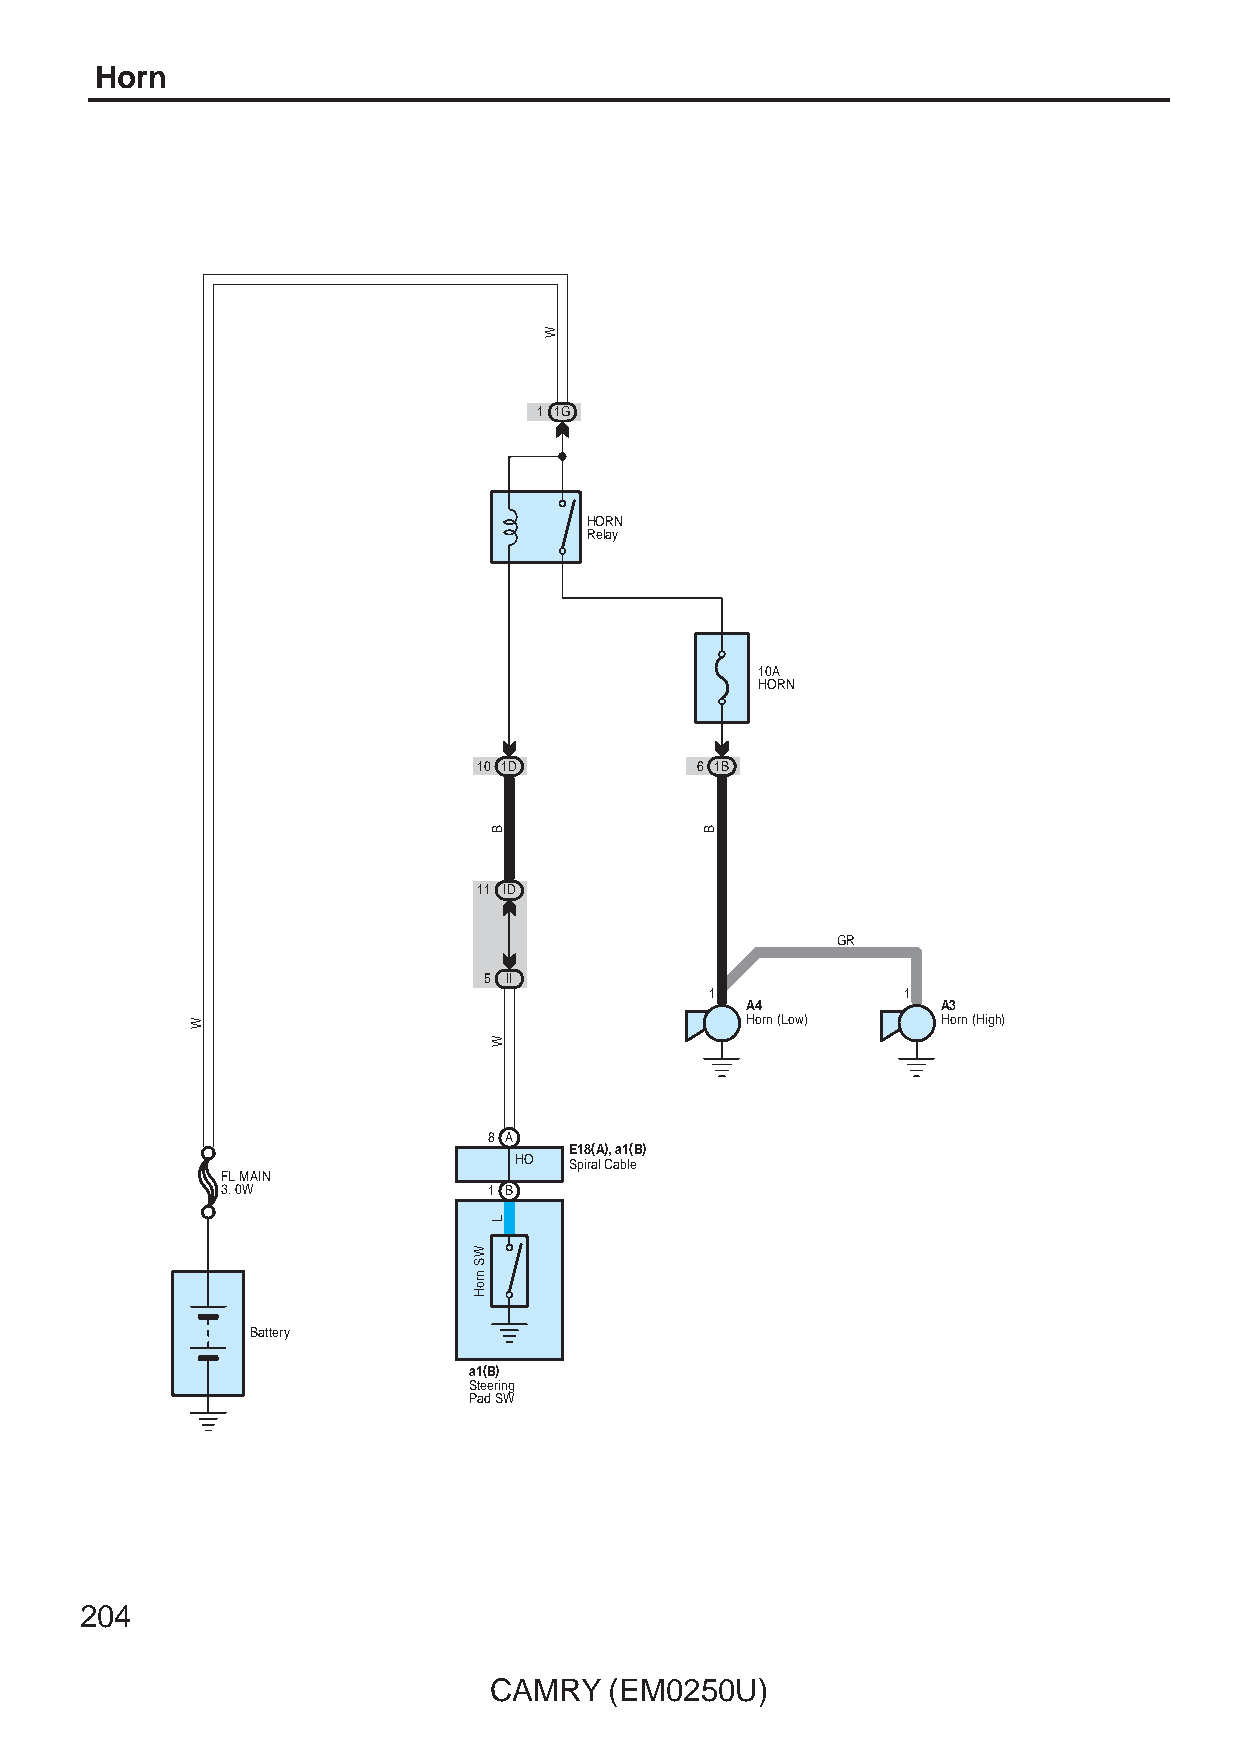
Horn
 1 1G
 HORN
 Relay
 10A
 HORN
 10 1D         6 1B
 11 ID
 GR
 5 II
 1            1
 A4           A3
 Horn (Low)   Horn (High)
 8 A
 E18(A), a1(B)
 HO  Spiral Cable
 FL MAIN
 3. 0W            1 B
 Battery
 a1(B)
 Steering
 Pad SW
 204
 CAMRY   (EM0250U)
 W
 WS
 nroH
 B
 W
 L
 W
 B